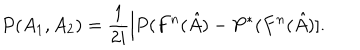
P ( A _ { 1 } , A _ { 2 } ) = \frac { 1 } { 2 i } [ P ( F ^ { n } ( \hat { A } ) - P ^ { \ast } ( F ^ { n } ( \hat { A } ) ] .